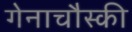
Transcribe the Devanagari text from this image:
गेनाचौस्की